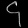
Digit: ၄